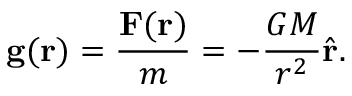
\mathbf { g } ( \mathbf { r } ) = { \frac { \mathbf { F } ( \mathbf { r } ) } { m } } = - { \frac { G M } { r ^ { 2 } } } { \hat { \mathbf { r } } } .